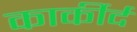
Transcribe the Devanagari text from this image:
कार्कीर्द